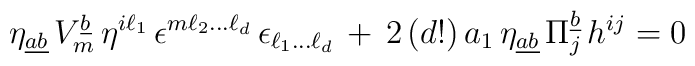
\eta_{\underline{ab}} \, V^{\underline{b}}_m \, \eta^{i\ell_1} \,  \epsilon^{m\ell_2 \dots \ell_d} \, \epsilon_{\ell_1 \dots \ell_d}\,  +\, 2 \, (d!) \, a_1 \, \eta_{\underline{ab}} \,  \Pi^{\underline{b}}_j \, h^{ij} = 0